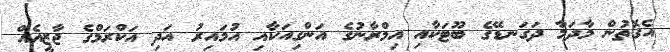
އެގޮތުން މާދަމާ ދަގަނޑޭގެ ބޫޓަކާއި އިމްރާނުގެ އަންގިއަކާއި އުމައިރު އަދި އަކްރަމްގެ ޖާޒީއެއް